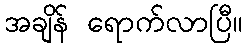
အချိန် ရောက်လာပြီ။